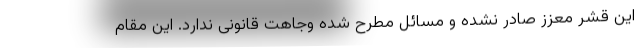
این قشر معزز صادر نشده و مسائل مطرح شده وجاهت قانونی ندارد. این مقام